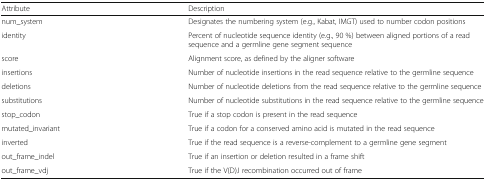
<table><thead><tr><td><b>Attribute</b></td><td><b>Description</b></td></tr></thead><tbody><tr><td>num_system</td><td>Designates the numbering system (e.g., Kabat, IMGT) used to number codon positions</td></tr><tr><td>identity</td><td>Percent of nucleotide sequence identity (e.g., 90 %) between aligned portions of a read sequence and a germline gene segment sequence</td></tr><tr><td>score</td><td>Alignment score, as defined by the aligner software</td></tr><tr><td>insertions</td><td>Number of nucleotide insertions in the read sequence relative to the germline sequence</td></tr><tr><td>deletions</td><td>Number of nucleotide deletions from the read sequence relative to the germline sequence</td></tr><tr><td>substitutions</td><td>Number of nucleotide substitutions in the read sequence relative to the germline sequence</td></tr><tr><td>stop_codon</td><td>True if a stop codon is present in the read sequence</td></tr><tr><td>mutated_invariant</td><td>True if a codon for a conserved amino acid is mutated in the read sequence</td></tr><tr><td>inverted</td><td>True if the read sequence is a reverse-complement to a germline gene segment</td></tr><tr><td>out_frame_indel</td><td>True if an insertion or deletion resulted in a frame shift</td></tr><tr><td>out_frame_vdj</td><td>True if the V(D)J recombination occurred out of frame</td></tr></tbody></table>